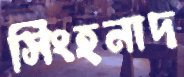
সিংহনাদ